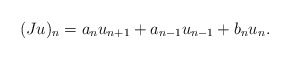
\begin{align*}(Ju)_n = a_n u_{n+1} + a_{n-1}u_{n-1} + b_n u_n .\end{align*}